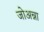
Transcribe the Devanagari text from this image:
जोअन्ना